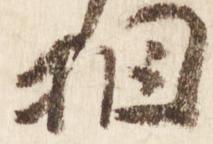
相